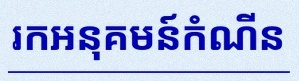
រកអនុគមន៍កំណើន